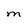
Character: M